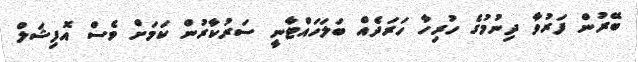
ބޭރުން ފަރުވާ ދިނުމުގެ ހުރިހާ ހަރަދެއް ބަލަހައްޓާނީ ސަރުކާރުން ކަމަށް ވެސް އޮފިޝަލް